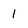
Character: l